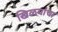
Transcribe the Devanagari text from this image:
खिळयांचा